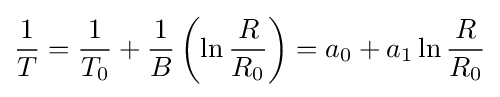
{\frac {1}{T}}={\frac {1}{T_{0}}}+{\frac {1}{B}}\left(\ln {\frac {R}{R_{0}}}\right)=a_{0}+a_{1}\ln {\frac {R}{R_{0}}}